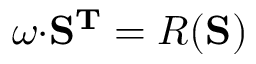
\boldsymbol \omega { \bf \cdot S ^ { T } } = R ( { \bf S } )